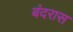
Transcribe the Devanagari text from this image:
बंदरास